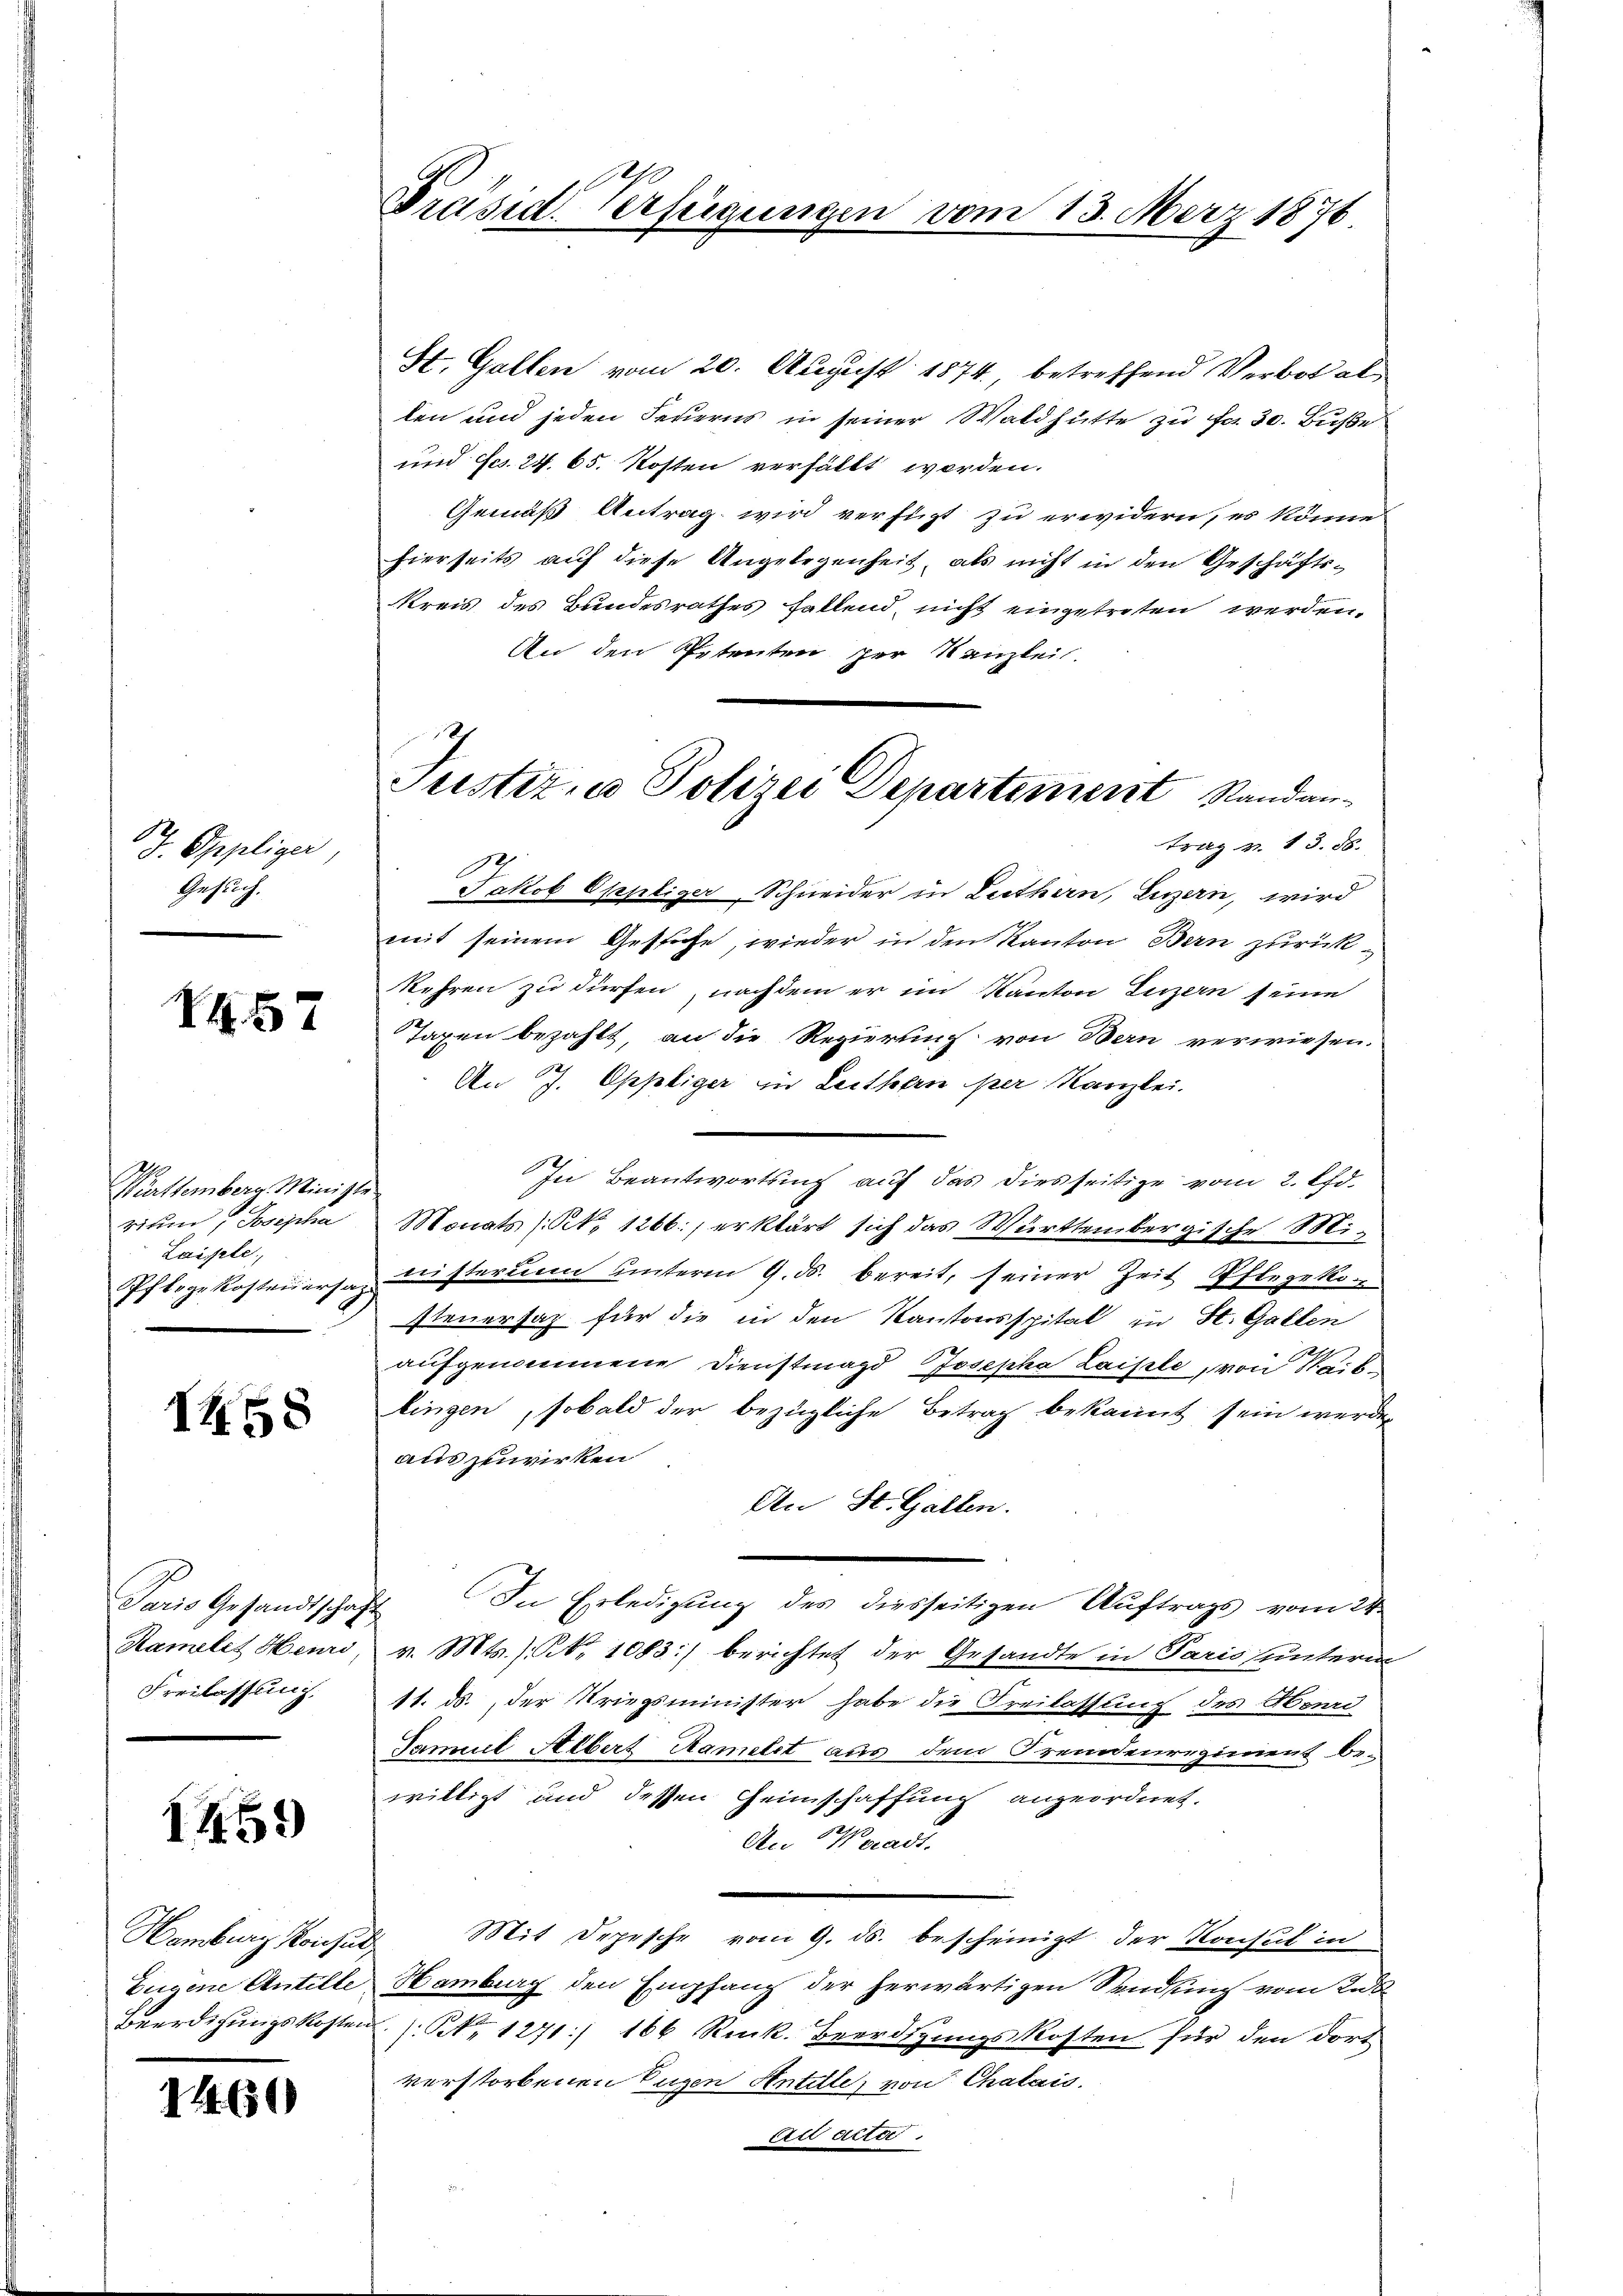
J. Oppliger,
Gesuch.

XI57

Württemberg. Minist.
rivun Josepha
Laisite,
Pflogekosteuersatz.

I458

Paris Gesandtschaf
Ramelet Henri
Freilassung.

1451)

Hamburg Konsul,
Eigene Antille
Beerdigungskosten

1460

Präsid. Verfügungen vom 13. März 1876

g
Justiz- u Polizei Departement Standan¬

St. Gallen vom 20. August 1874, betreffend Verbot al
len und jeden Feuerns in seiner Waldhütte zu Fr. 30. Buße
und fcs. 24. 65. Kosten verhältt worden.
Gemäß Antrag wird verfügt zu erwidern, es könne
hierseits auf diese Angelegenheit, als nicht in den Geschäfts¬
Kreis des Bundesrathes fallend, nicht eingetreten werden.
An den Petenten per Kanzlei.
trag v. 13. ds.
Jakob Oppliger, Schneider in Luthern, Luzern, wird
mit seinem Gestehe, wieder in den Kanton Bern zurückkehren zu dürfen, nachdem er im Kanton Luzern seine
Taxen bezahlt, an die Regierung von Bern verwiesen.
An J. Oppliger in Leithern per Kanzlei.
In Beantwortung auf das diesseitige vom 2. Pfd.
Monats (Nr. 1266) erklärt sich das Württembergische Miwisterum unterm 9. d. bereit, seiner Zeit Pflegeko
steuersaz für die in den Kantonsspital zu St. Gallen
aufgenommene Dienstmagd Josepha Laisle, von Waib
lingen, sobald der bezügliche Betrag bekannt sein werden
auszuwirken
An St. Gallen.
4. In Erledigung des diesseitigen Auftrags vom 24.
v. Mts. No 1083) berichtet der Gesandte in Paris unterin
11. ds. der Kriegsminister habe die Freilassung des Herd
Samuel Albert Ramelet aus dem Fremdenregiment be-
willigt und dessen Heimschaffung angeordnet.
An Waadt.
 Mit Depesche vom 9. ds. bescheinigt der Konsul in
Hamburg den Empfang der herwärtigen Sendung vom Rab¬
: No 1271/ 166 Ruck. Beerdigungskosten für den dort
verstorbenen Tugen Antille, von Chalais.
ac autre
e